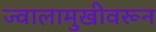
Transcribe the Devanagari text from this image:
ज्वालामुखीवरून